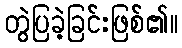
တွဲပြခဲ့ခြင်းဖြစ်၏။